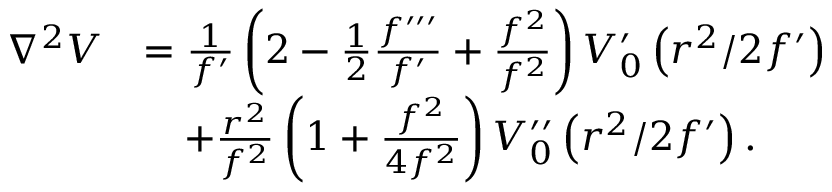
\begin{array} { r l } { \nabla ^ { 2 } V } & { = \frac { 1 } { f ^ { \prime } } \left( 2 - \frac { 1 } { 2 } \frac { f ^ { \prime \prime \prime } } { f ^ { \prime } } + \frac { f ^ { 2 } } { f ^ { 2 } } \right) V _ { 0 } ^ { \prime } \left( r ^ { 2 } / 2 f ^ { \prime } \right) } \\ & { \quad + \frac { r ^ { 2 } } { f ^ { 2 } } \left( 1 + \frac { f ^ { 2 } } { 4 f ^ { 2 } } \right) V _ { 0 } ^ { \prime \prime } \left( r ^ { 2 } / 2 f ^ { \prime } \right) . } \end{array}